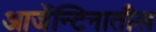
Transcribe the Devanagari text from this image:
आर्जेन्टिनातील